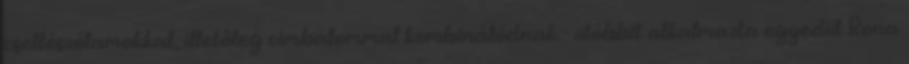
csellószólamokkal, illetőleg cimbalommal kombinálódnak - utóbbit alkalmazta egyedül Rona